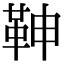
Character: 𩉼